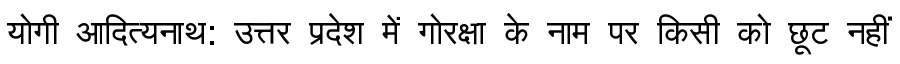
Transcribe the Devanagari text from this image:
योगी आदित्यनाथ: उत्तर प्रदेश में गोरक्षा के नाम पर किसी को छूट नहीं